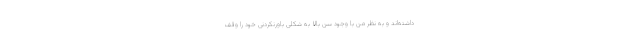
داشته‌اند و به نظر من با وجود سن‌ بالا به شکلی باورنکردنی خود را وقف